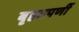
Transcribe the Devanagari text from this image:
बृहतपर्णी